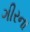
ગીરના